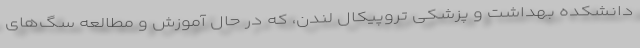
دانشکده بهداشت و پزشکی تروپیکال لندن، که در حال آموزش و مطالعه سگ‌های